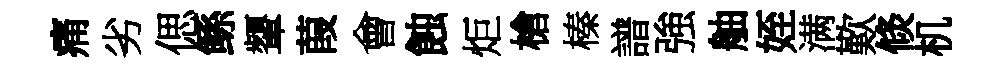
痛劣偲鲧顰葭會蝕炬槍榛譜強舳姪满歎倐机